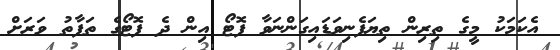
އެކަމަކު މީގެ ތިރިން ތިޔަފެނިވަޑައިގަންނަވާ ފޮޓޯ އިން ދެ ފޮޓޯގެ ތަފާތު ވަރަށް